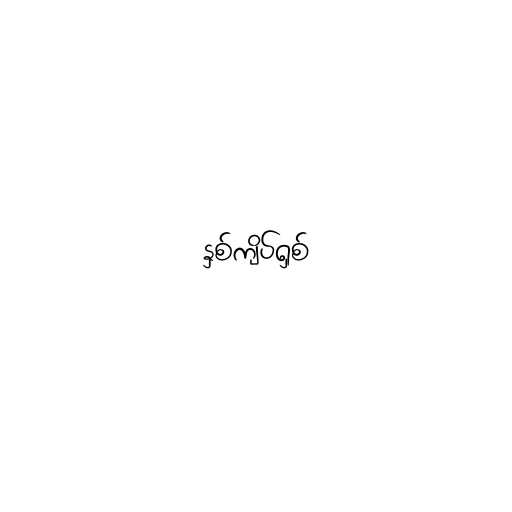
နှစ်ကျိပ်ရှစ်